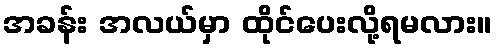
အခန်း အလယ်မှာ ထိုင်ပေးလို့ရမလား။